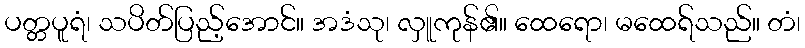
ပတ္တပူရံ၊ သပိတ်ပြည့်အောင်။ အဒံသု၊ လှူကုန်၏။ ထေရော၊ မထေရ်သည်။ တံ၊